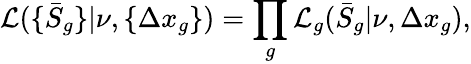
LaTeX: \mathcal{L}(\{ \bar{S}_{g}\} |\nu,\{ \Delta x_{g}\} )=\prod_{g}\mathcal{L}_{g}(\bar{S}_{g}|\nu,\Delta x_{g}),